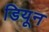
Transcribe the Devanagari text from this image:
डियून